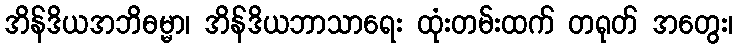
အိန်ဒိယအဘိဓမ္မာ၊ အိန်ဒိယဘာသာရေး ထုံးတမ်းထက် တရုတ် အတွေး၊